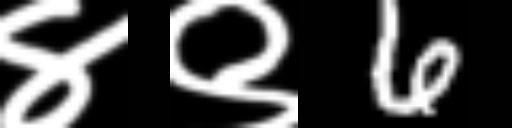
Text: ४९6